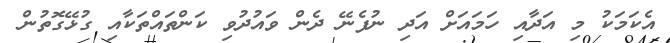
އެކަމަކު މި އަދާއި ހަމައަށް އަދި ނުފެނޭ ދެން ވައުދުވި ކަންތައްތަކާއި ގުޅޭގޮތުން